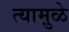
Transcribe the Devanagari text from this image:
त्यामु़ळे